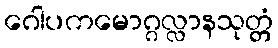
ဂေါပကမောဂ္ဂလ္လာနသုတ္တံ